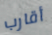
أقارب